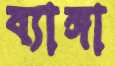
ব্যাঙ্গা